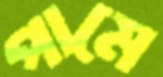
পামে